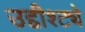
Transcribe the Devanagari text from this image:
उद्दीश्ट्ये